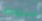
مسئولة